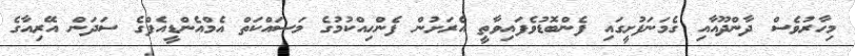
މިހާރުވެސް ދާންދޫއާއި ގެމަނަފުށީގައި ފެންބޮޑުވެފައިވާތީ އެރަށުން ފެންހިއްކުމުގެ މަސައްކަތް އެމްއެންޑީއެފްގެ ސަދަން އޭރިއާގެ